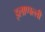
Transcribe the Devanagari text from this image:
इलाप्पल्ली